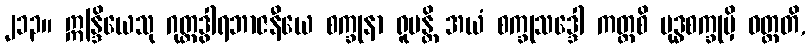
၂၁၃။ ဣန္ဒြိယေသု ဂုတ္တဒွါရဘာဇနီယေ စက္ခုနာ ရူပန္တိ အယံ စက္ခုသဒ္ဒေါ ကတ္ထစိ ဗုဒ္ဓစက္ခုမှိ ဝတ္တတိ,